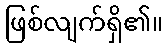
ဖြစ်လျက်ရှိ၏။